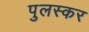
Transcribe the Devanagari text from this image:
पुलस्कर